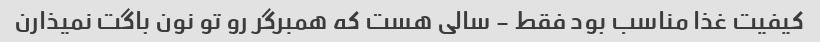
کیفیت غذا مناسب بود فقط - سالی هست که همبرگر رو تو نون باگت نمیذارن